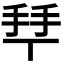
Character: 𢫶